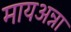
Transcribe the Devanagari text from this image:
मायअन्ना